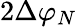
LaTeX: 2\Delta{{\varphi}_{N}}